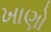
ખાણો